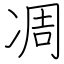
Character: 凋